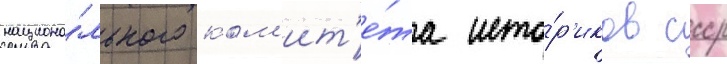
национа́льного ком'ит'е́та исто́р'иков ссср